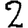
Digit: 2